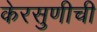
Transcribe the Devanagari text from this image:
केरसुणीची